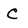
Character: C